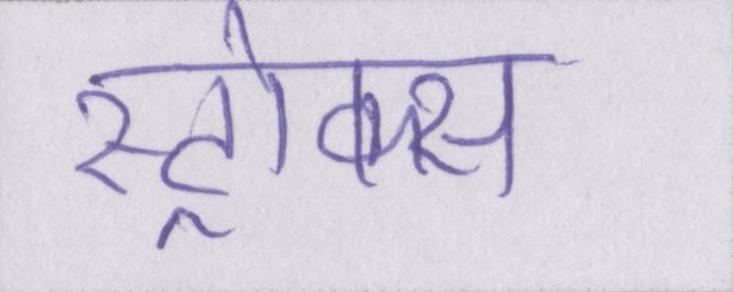
स्ट्रोक्स